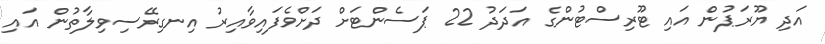
އަދި ޔޫރަޕުން އައި ޓޫރިސްޓުންގެ އަދަދު 22 ޕަސެންޓަށް ދަށްވެފައިވާއިރު އިނގިރޭސިވިލާތުން އައި